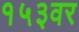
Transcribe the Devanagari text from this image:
१५३वर